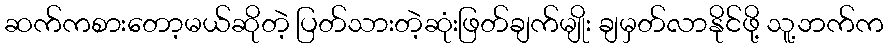
ဆက်ကစားတော့မယ်ဆိုတဲ့ ပြတ်သားတဲ့ဆုံးဖြတ်ချက်မျိုး ချမှတ်လာနိုင်ဖို့ သူ့ဘက်က